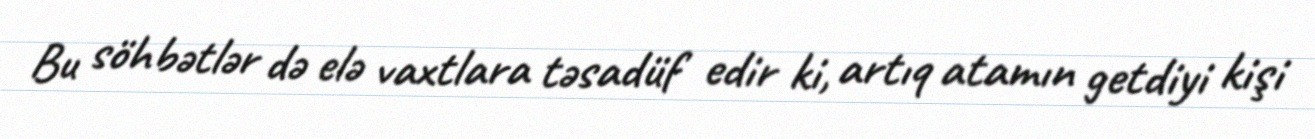
Bu söhbətlər də elə vaxtlara təsadüf edir ki, artıq atamın getdiyi kişi